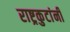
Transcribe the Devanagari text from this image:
राष्ट्रकुटांनी